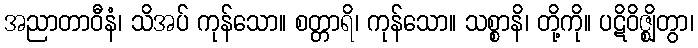
အညာတာဝီနံ၊ သိအပ် ကုန်သော။ စတ္တာရိ၊ ကုန်သော။ သစ္စာနိ၊ တို့ကို။ ပဋိဝိဇ္ဈိတွာ၊